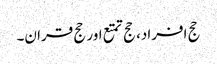
حج افراد، حج تمتع اور حج قران۔